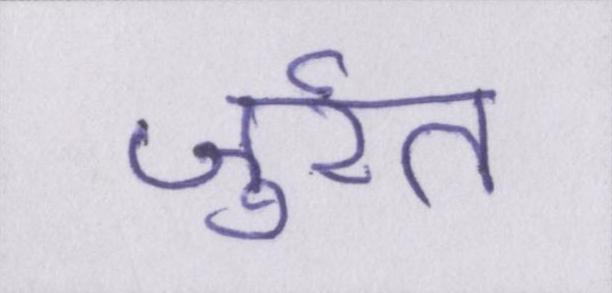
जुर्रत